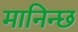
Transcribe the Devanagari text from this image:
मानिन्छ